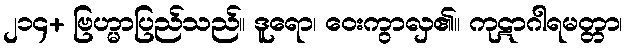
၂၁၄+ ဗြဟ္မာပြည်သည်။ ဒူရော၊ ဝေးကွာလှ၏။ ကုဋာဂါရမတ္တာ၊